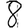
Digit: 8